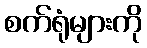
စက်ရုံများကို